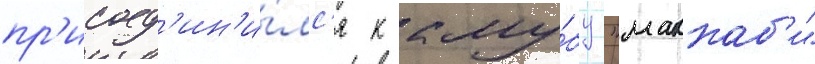
пр'исоед'ин'и́лс'я к клу́бу "маккаб'и"